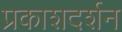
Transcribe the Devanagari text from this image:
प्रकाशदर्शन